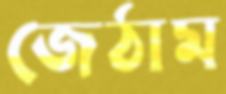
জেঠাম